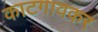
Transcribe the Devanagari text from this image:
काटगावकर